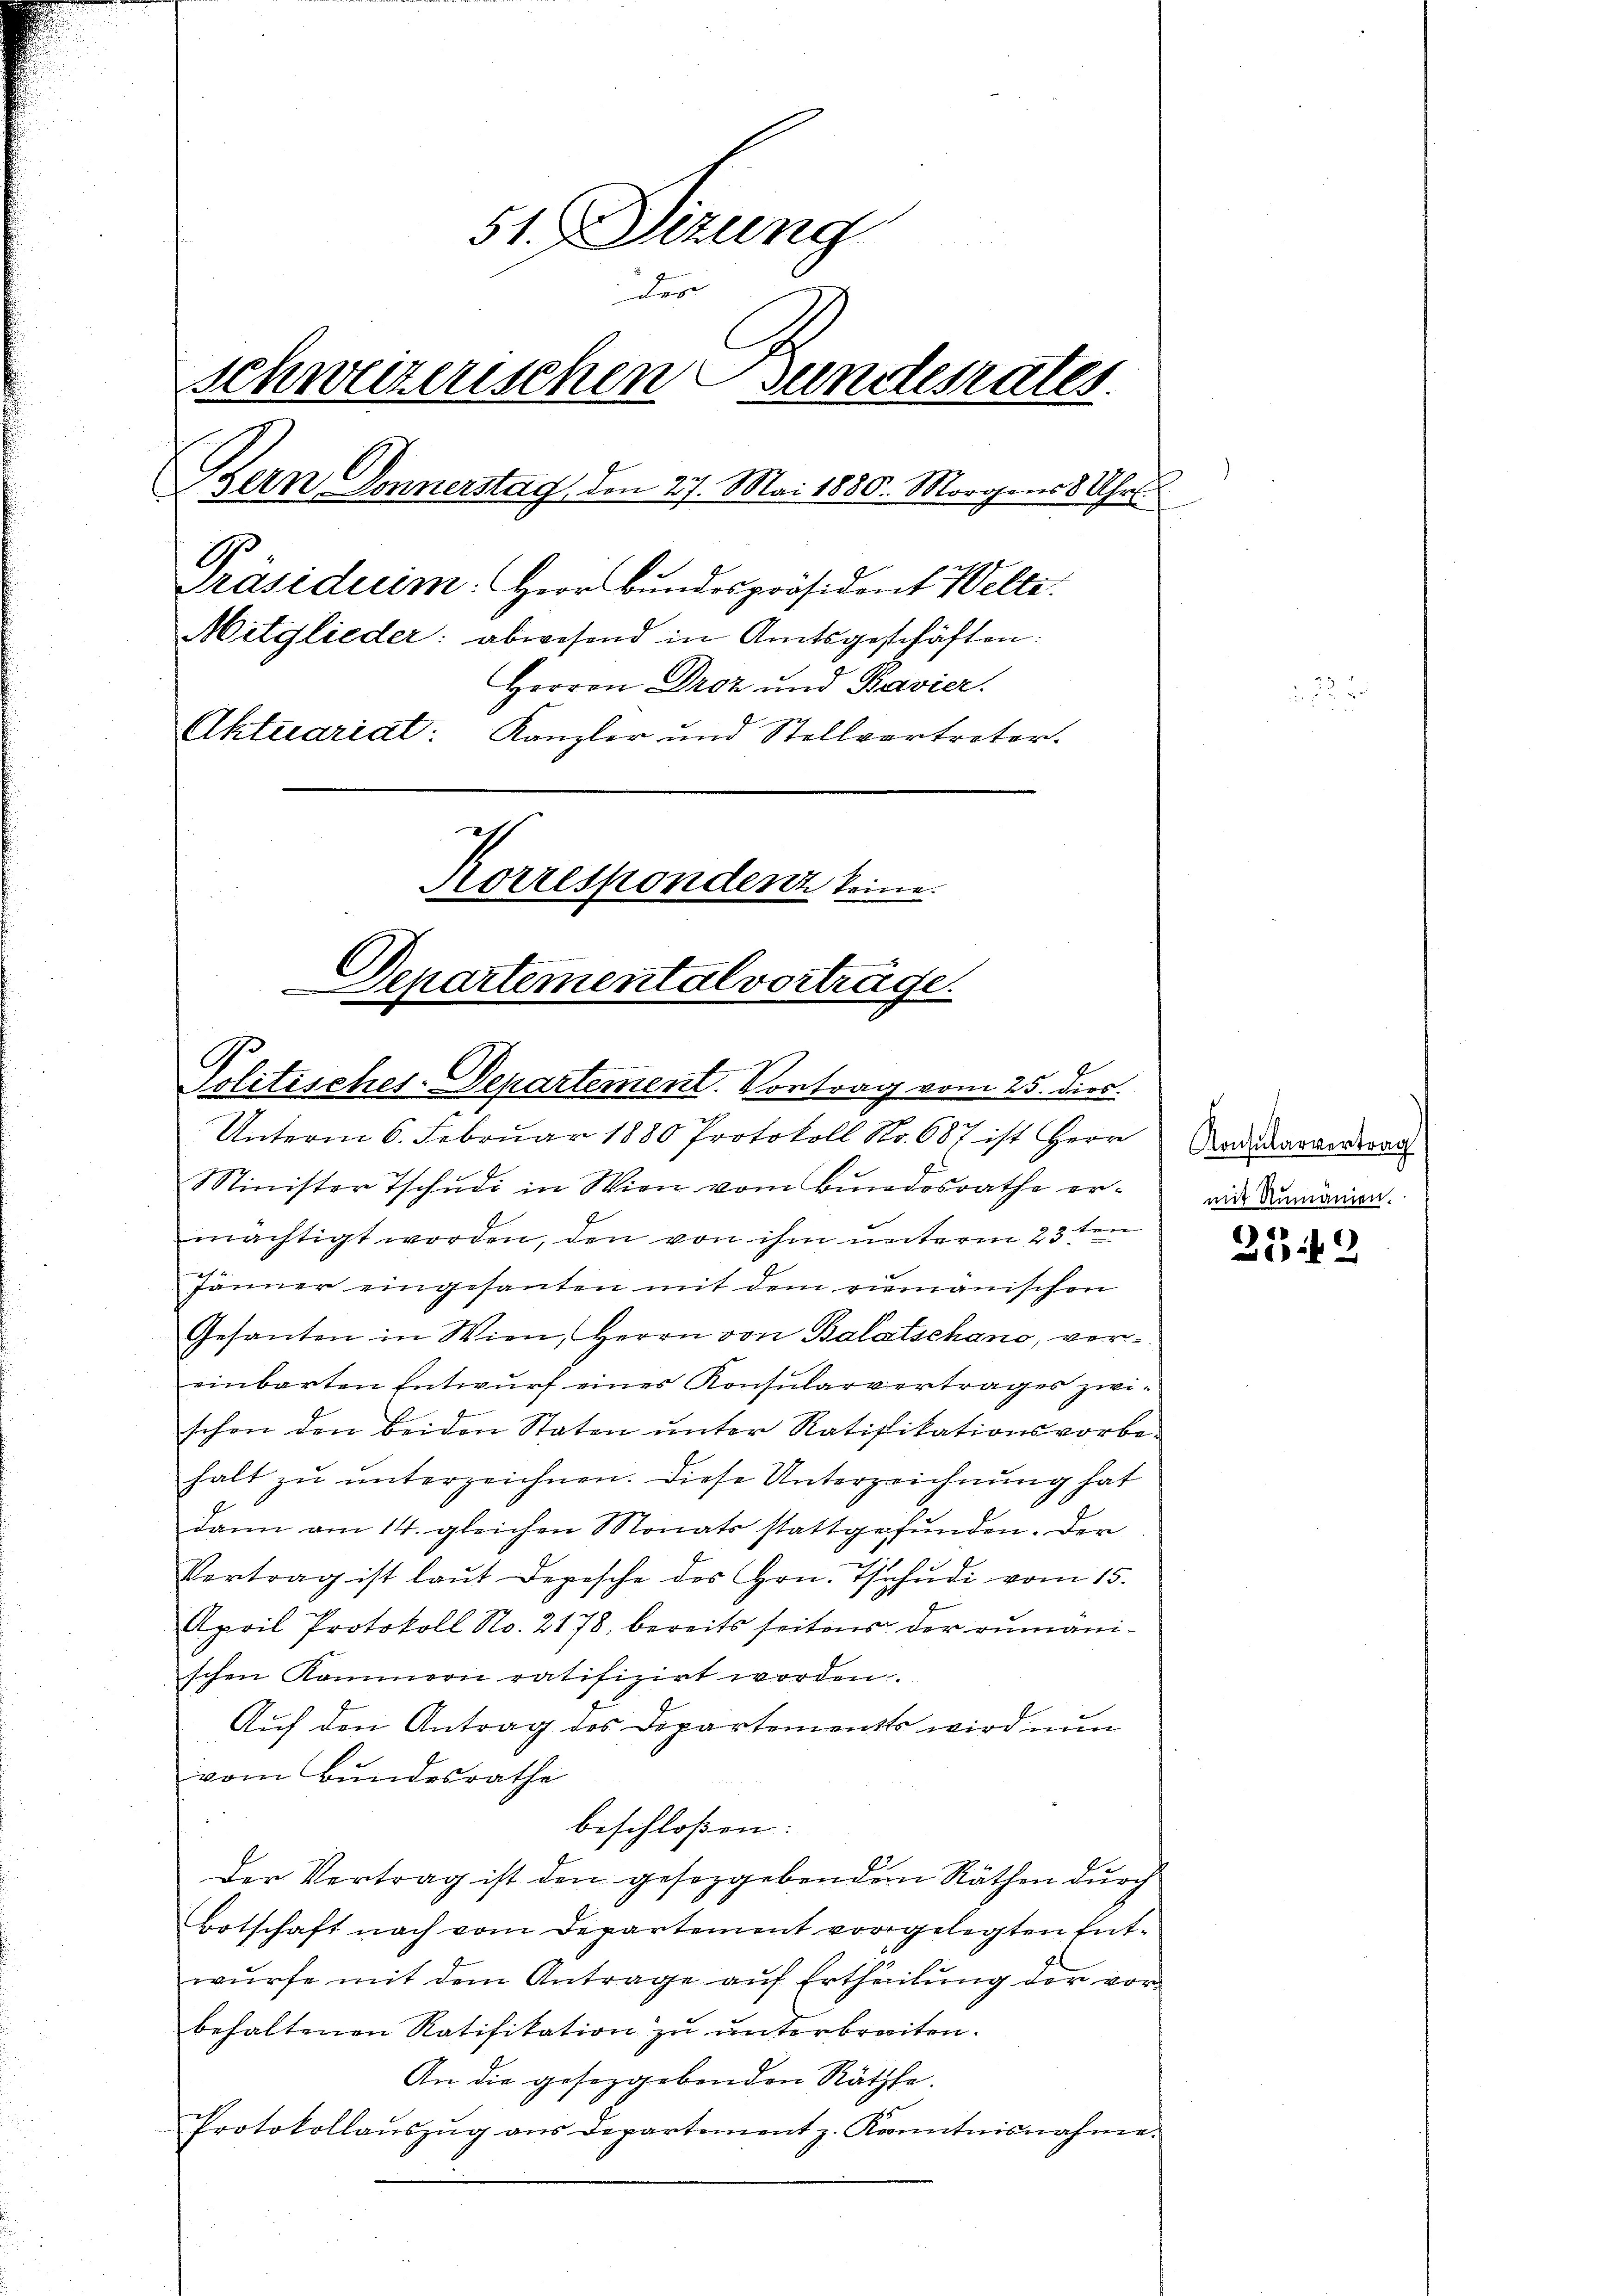
51. Dierung
des
schweizerischen Bundesrates.
Bern Donnerstag, den 27. Mai 1880. Morgens 8 Uhr.
Präsideeim: Herr Bundespräsident Welti.
Mitglieder: abwesend in Amtsgeschäften:
Herren Droz und Bavier.
Aktuariat. Kanzler und Stellvertreter.
as
Korrespondenz keine.
Departemental vorträge.

s
Unterm 6. Februar 1880 Protokoll No. 687 ist Herr
Minister Tschudi in Wien vom Bundesrathe er-
mächtigt worden, den von ihm unterm 23ten
Jänner eingesanten mit dem riemanischen
Gesanten in Wien, Herrn von Balatschano, vereinbarten Entwurf eines Konsularvertrages zwischon den beiden Staten ŭnter Ratifikationsvorbe-
halt zu unterzeichnen. Diese Unterzeichnung hat
dann am 14. gleichen Monats stattgefunden. Der
Vertrag ist laŭt Depesche des Hrn. Tschudi vom 15.
April Protokoll No. 2178, bereits seitens der rumänischen Kammern ratifizirt worden.
Auf den Antrag des Departements wird nun
vom Bundesrathe
beschloßen:
Der Vertrag ist den gesezgebenden Räthen durch
Botschaft nach vom Departement vorgelegten Entwürfe mit dem Antrage aŭf Ertheilŭng der vor
behaltenen Ratifikation zu unterbreiten.
An die gesezgebenden Räthe.
Protokollaŭszŭg ans Departement z. Kanntnisnahme.

Politisches-Departement. Vortrag vom 25. dies

Konsularvertrag
mit Rumänien.

25.42